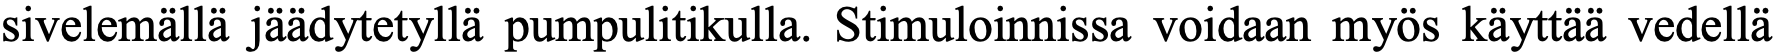
sivelemällä jäädytetyllä pumpulitikulla. Stimuloinnissa voidaan myös käyttää vedellä